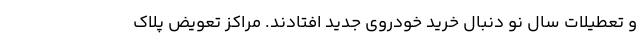
و تعطیلات سال نو دنبال خرید خودروی جدید افتادند. مراکز تعویض پلاک